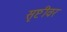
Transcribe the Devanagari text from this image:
सृष्टीवर